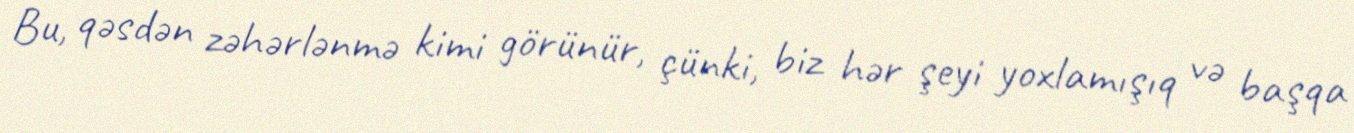
Bu, qəsdən zəhərlənmə kimi görünür, çünki, biz hər şeyi yoxlamışıq və başqa